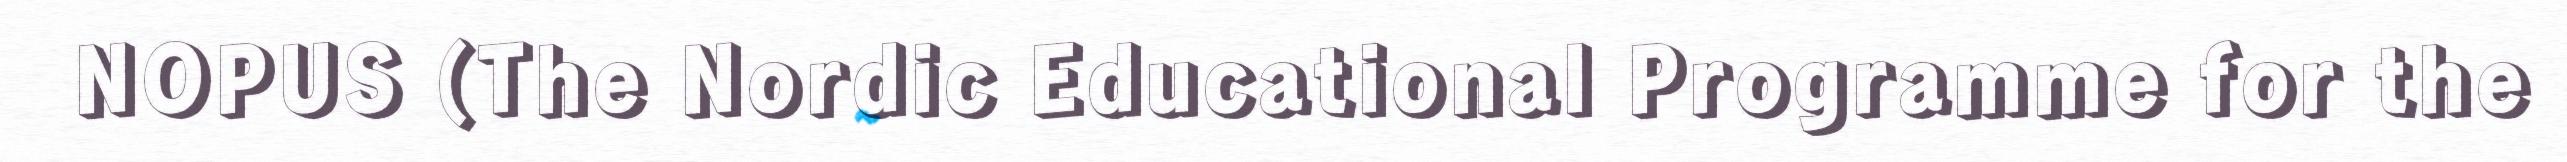
NOPUS (The Nordic Educational Programme for the